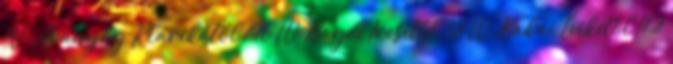
W-Aranyág Klárikától 146 W-Bagdi Ircsitől 38 W-Bakai Évikétől 42